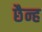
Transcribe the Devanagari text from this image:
छैन्ह